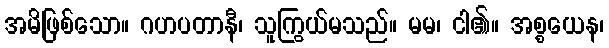
အမိဖြစ်သော။ ဂဟပတာနီ၊ သူကြွယ်မသည်။ မမ၊ ငါ၏။ အစ္စယေန၊